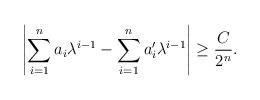
LaTeX: \begin{align*}\left|\sum_{i=1}^{n}a_i\lambda^{i-1}-\sum_{i=1}^{n}a_i'\lambda^{i-1}\right|\geq \frac{C}{2^n}.\end{align*}